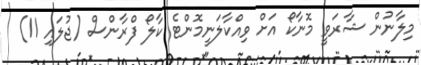
މިލާނުން ޝާރަވީ މޮނާކޯ އަށް ވިއްކާލަނީމޮންޓެ ކާލޯ ފްރާންސް (ޖުލައި 11)